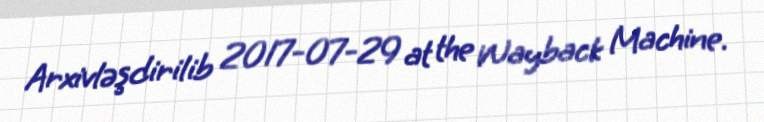
Arxivləşdirilib 2017-07-29 at the Wayback Machine.